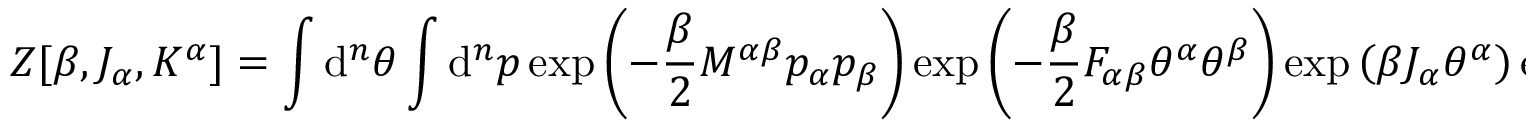
Z [ \beta , J _ { \alpha } , K ^ { \alpha } ] = \int \mathrm { d } ^ { n } \theta \int \mathrm { d } ^ { n } p \: \exp \left( - \frac { \beta } { 2 } M ^ { \alpha \beta } p _ { \alpha } p _ { \beta } \right) \exp \left( - \frac { \beta } { 2 } F _ { \alpha \beta } \theta ^ { \alpha } \theta ^ { \beta } \right) \exp \left( \beta J _ { \alpha } \theta ^ { \alpha } \right) \exp \left( \beta K ^ { \alpha } p _ { \beta } \right) .